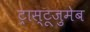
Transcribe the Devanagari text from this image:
ट्रास्टूज़ुमेब